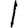
Digit: 1